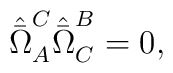
\hat{\bar{\Omega}}_A^C\hat{\bar{\Omega}}_C^B=0,